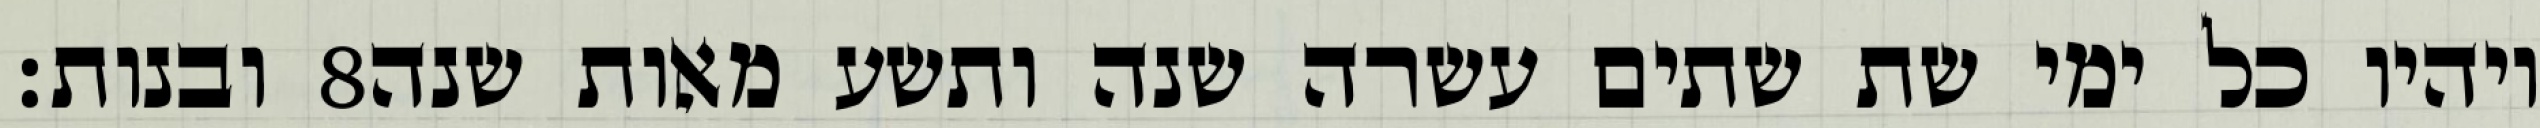
ובנות׃ ‎8‏ ויהיו כל ימי שת שתים עשרה שנה ותשע מאות שנה